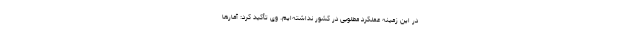
در این زمینه عملکرد مطلوبی در کشور نداشته‌ایم. وی تأکید کرد: آمارها